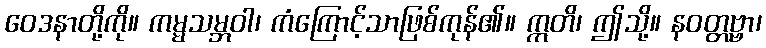
ဝေဒနာတို့ကို။ ကမ္မသမ္ဘဝါ၊ ကံကြောင့်သာဖြစ်ကုန်၏။ ဣတိ၊ ဤသို့။ နဝတ္တဗ္ဗာ၊